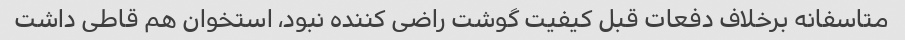
متاسفانه برخلاف دفعات قبل کیفیت گوشت راضی کننده نبود، استخوان هم قاطی داشت